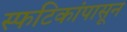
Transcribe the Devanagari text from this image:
स्फटिकांपासून